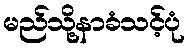
မည်သို့နာခံသင့်ပုံ